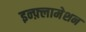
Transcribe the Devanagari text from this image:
इन्फ़्लामेशन